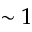
\sim 1